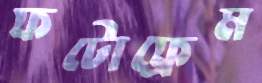
ফটোফ্রেম